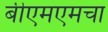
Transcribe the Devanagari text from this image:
बीएमएमचा